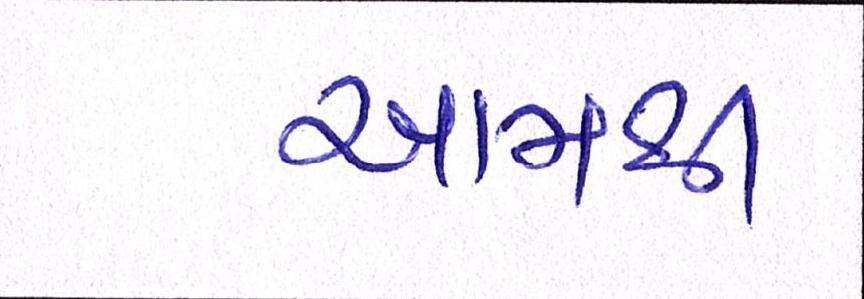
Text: આમથી